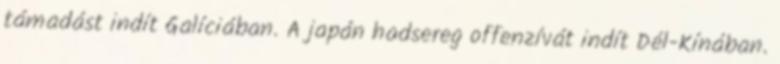
támadást indít Galíciában. A japán hadsereg offenzívát indít Dél-Kínában.